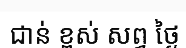
ជាន់ ខ្ពស់ សព្វ ថ្ងៃ